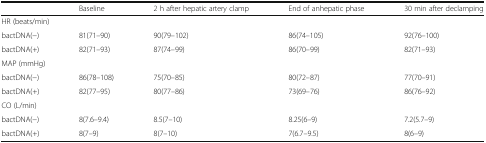
<table><thead><tr><td></td><td><b>Baseline</b></td><td><b>2 h after hepatic artery clamp</b></td><td><b>End of anhepatic phase</b></td><td><b>30 min after declamping</b></td></tr></thead><tbody><tr><td colspan="5">HR (beats/min)</td></tr><tr><td>bactDNA(−)</td><td>81(71–90)</td><td>90(79–102)</td><td>86(74–105)</td><td>92(76–100)</td></tr><tr><td>bactDNA(+)</td><td>82(71–93)</td><td>87(74–99)</td><td>86(70–99)</td><td>82(71–93)</td></tr><tr><td colspan="5">MAP (mmHg)</td></tr><tr><td>bactDNA(−)</td><td>86(78–108)</td><td>75(70–85)</td><td>80(72–87)</td><td>77(70–91)</td></tr><tr><td>bactDNA(+)</td><td>82(77–95)</td><td>80(77–86)</td><td>73(69–76)</td><td>86(76–92)</td></tr><tr><td colspan="5">CO (L/min)</td></tr><tr><td>bactDNA(−)</td><td>8(7.6–9.4)</td><td>8.5(7–10)</td><td>8.25(6–9)</td><td>7.2(5.7–9)</td></tr><tr><td>bactDNA(+)</td><td>8(7–9)</td><td>8(7–10)</td><td>7(6.7–9.5)</td><td>8(6–9)</td></tr></tbody></table>